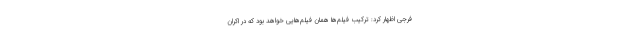
فرجی اظهار کرد: ترکیب فیلم‌ها همان فیلم‌هایی خواهد بود که در اکران